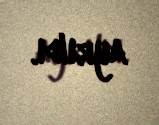
ayrıldı.